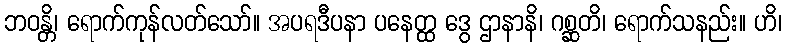
ဘဝန္တိ၊ ရောက်ကုန်လတ်သော်။ အပရဒီပနာ ပနေတ္ထ ဒွေ ဌာနာနိ၊ ဂစ္ဆတိ၊ ရောက်သနည်း။ ဟိ၊